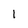
Character: 1